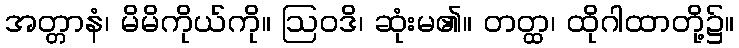
အတ္တာနံ၊ မိမိကိုယ်ကို။ ဩဝဒိ၊ ဆုံးမ၏။ တတ္ထ၊ ထိုဂါထာတို့၌။